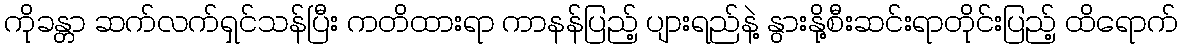
ကိုခန္တာ ဆက်လက်ရှင်သန်ပြီး ကတိထားရာ ကာနန်ပြည့် ပျားရည်နဲ့ နွားနို့စီးဆင်းရာတိုင်းပြည့် ထိရောက်